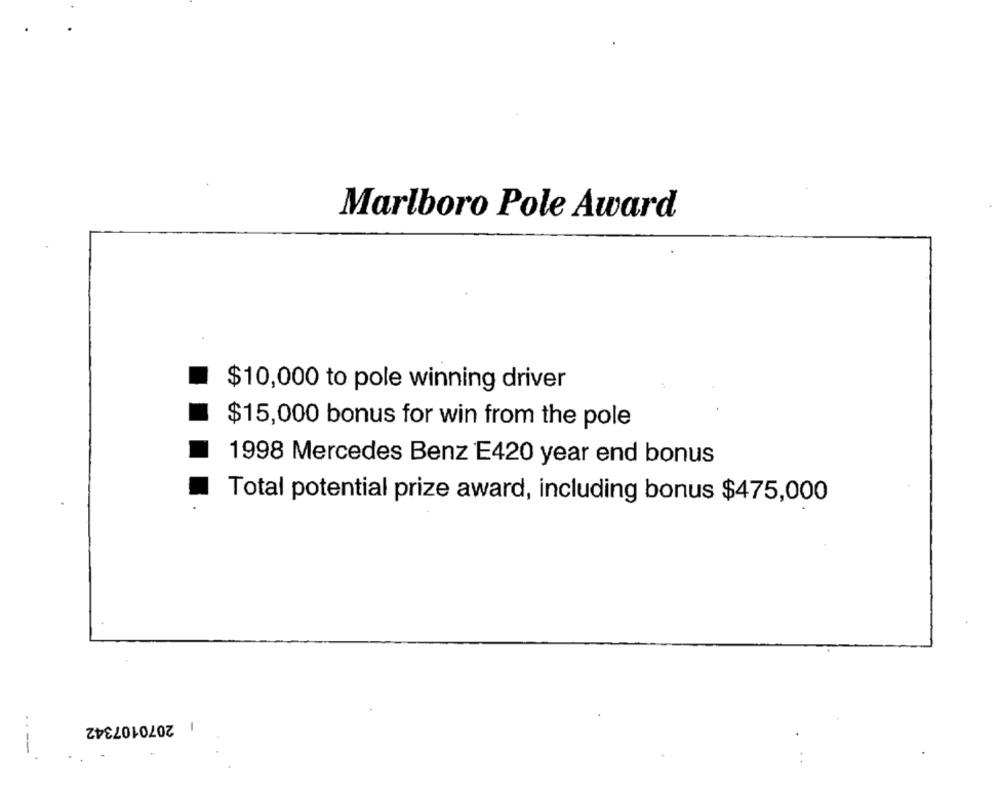
Marlboro Pole Award
$10,000 to pole winning driver
$15,000 bonus for win from the pole
1998 Mercedes Benz E420 year end bonus
Total potential prize award, including bonus $475,000
2070107342
-